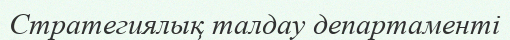
Стратегиялық талдау департаменті